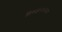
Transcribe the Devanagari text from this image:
तिरुज्ञानसंबन्दर